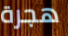
هجرة